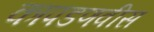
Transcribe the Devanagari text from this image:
कापडणवीस